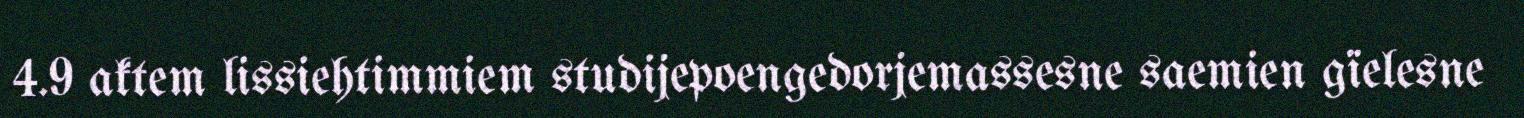
4.9 aktem lissiehtimmiem studijepoengedorjemassesne saemien gïelesne